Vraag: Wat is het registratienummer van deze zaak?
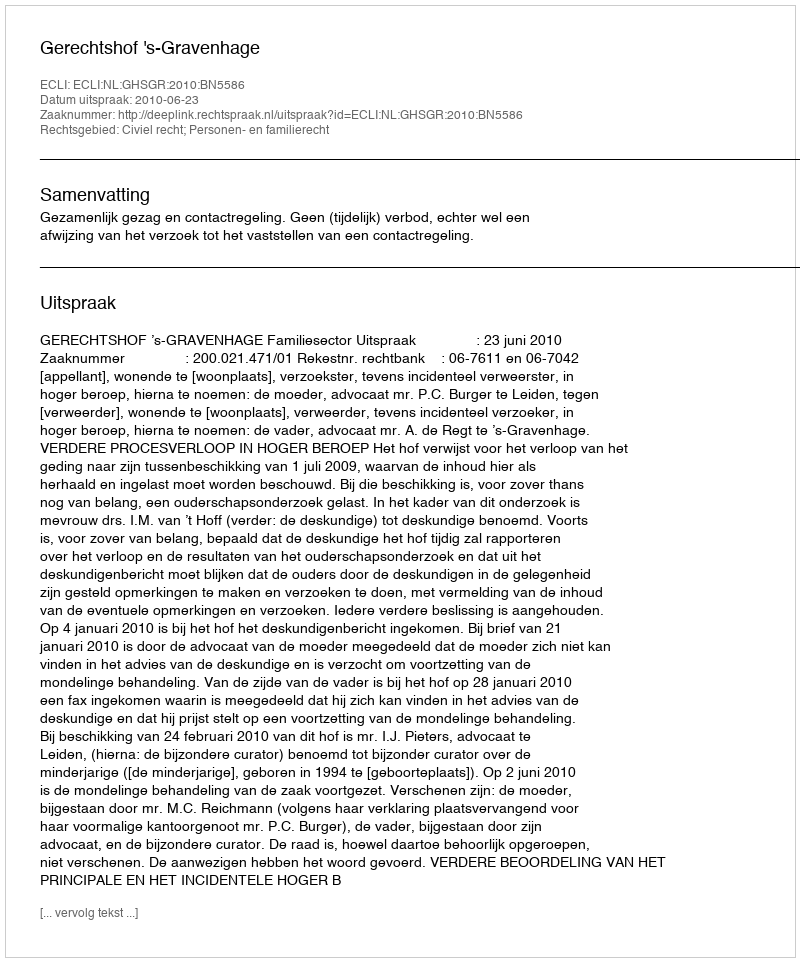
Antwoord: http://deeplink.rechtspraak.nl/uitspraak?id=ECLI:NL:GHSGR:2010:BN5586